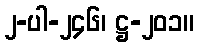
၂-ပါ-၂၄၆၊ ဋ္ဌ-၂၀၁။